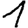
Digit: 1